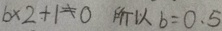
b \times 2 + 1 \neq 0 所 以 b = 0 . 5